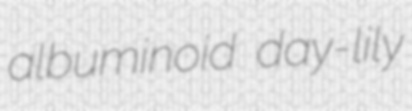
albuminoid day-lily